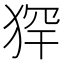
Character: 𤞶